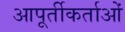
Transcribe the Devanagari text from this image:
आपूर्तीकर्ताओं